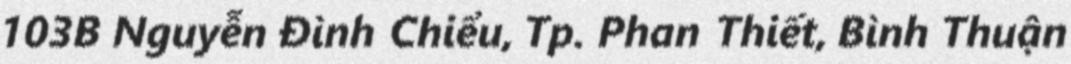
103B Nguyễn Đình Chiểu, Tp. Phan Thiết, Bình Thuận